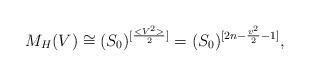
LaTeX: \begin{align*}M_H(V)\cong (S_0)^{[\frac{<V^2>}{2}]}= (S_0)^{[2n-\frac{v^2}{2}-1]},\end{align*}